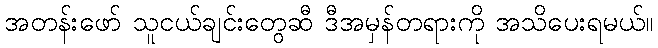
အတန်းဖော် သူငယ်ချင်းတွေဆီ ဒီအမှန်တရားကို အသိပေးရမယ်။